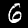
Label: 6